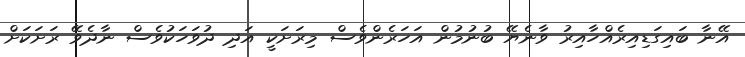
އޭނާ ބައިގަޑިއިރެއްހާއިރު ވާނެޔޭ ބުނުމުން އަހަރެންވެސް މިރަށަކީ އަދި ދުވަހަކުވެސް ނާދެވޭ ރަށަކަށް